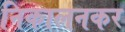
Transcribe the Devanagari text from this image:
निकालनकर